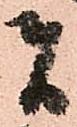
者